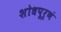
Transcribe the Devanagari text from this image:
शोधपूर्णं